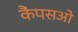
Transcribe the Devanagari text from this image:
कैंपसओ